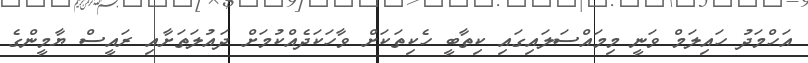
އަހްމަދު ހައިލަމް ވަނީ މިމައްސަލައިގައި ކިތާބީ ހެކިތަކަށް ވާހަކަދެއްކުމަށް ދައުލަތަށާއި ރައީސް ޔާމީންގެ